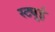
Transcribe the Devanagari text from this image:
स्ट्युई